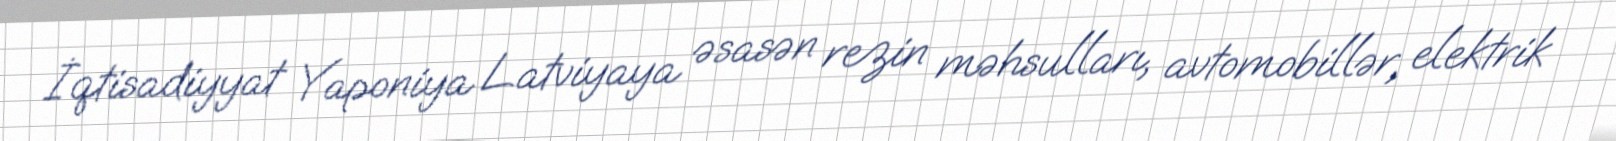
İqtisadiyyat Yaponiya Latviyaya əsasən rezin məhsulları, avtomobillər, elektrik